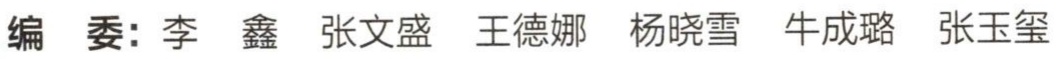
编委：李鑫 张文盛 王德娜 杨晓雪 牛成璐 张玉玺